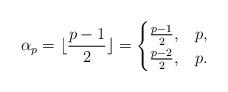
LaTeX: \begin{align*} \alpha_p = \lfloor \frac{p-1}{2} \rfloor = \begin{cases} \frac{p-1}{2}, & p , \\ \frac{p-2}{2}, & p . \\ \end{cases}\end{align*}